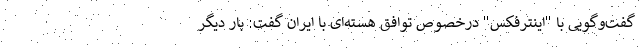
گفت‌وگویی با "اینترفکس" درخصوص توافق هسته‌ای با ایران گفت: بار دیگر